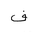
Letter: _fa